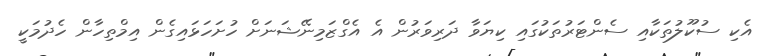
އެކި ސުކޫލުތަކާއި ސެންޓަރުތަކުގައި ކިޔަވާ ދަރިވަރުން އެ އެގްޒަމިނޭޝަނަށް ހުށަހަޅައިގެން އިމްތިހާން ހެދުމަކީ